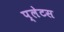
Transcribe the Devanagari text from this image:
प्लेटस